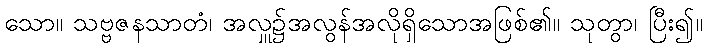
သော။ သဗ္ဗဇနသာတံ၊ အလှူ၌အလွန်အလိုရှိသောအဖြစ်၏။ သုတွာ၊ ပြီး၍။